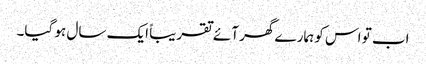
اب تو اس کو ہمارے گھر آئے تقریباً ایک سال ہو گیا۔